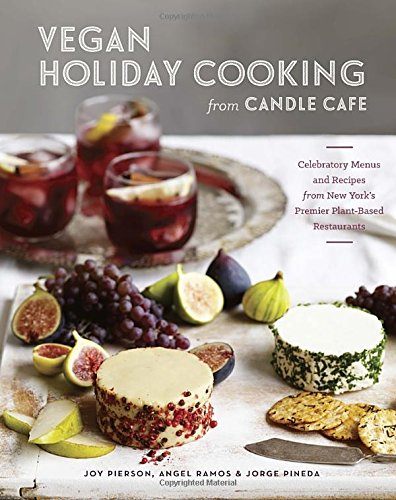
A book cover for Vegan Holiday Cooking from Candle Cafe: Celebratory Menus and Recipes from New York's Premier Plant-Based Restaurants; Joy Pierson; Cookbooks, Food & Wine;